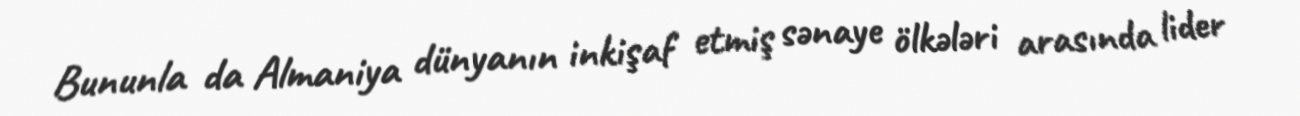
Bununla da Almaniya dünyanın inkişaf etmiş sənaye ölkələri arasında lider